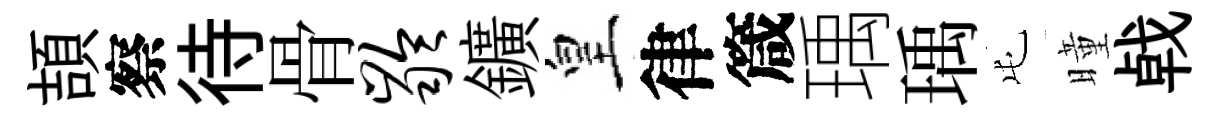
頡察待骨龄鑛皇律箴瑀瑀屯曈㦸